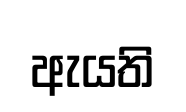
ඇයති